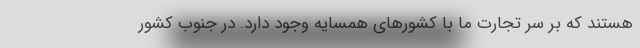
هستند که بر سر تجارت ما با کشورهای همسایه وجود دارد. در جنوب کشور